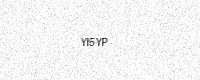
Text: YI5YP